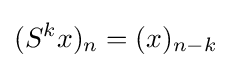
(S^{k}x)_{n}=(x)_{n-k}